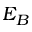
E _ { B }